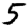
Digit: 5